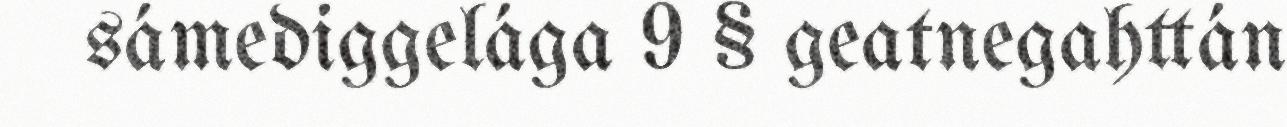
sámediggelága 9 § geatnegahttán